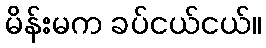
မိန်းမက ခပ်ငယ်ငယ်။